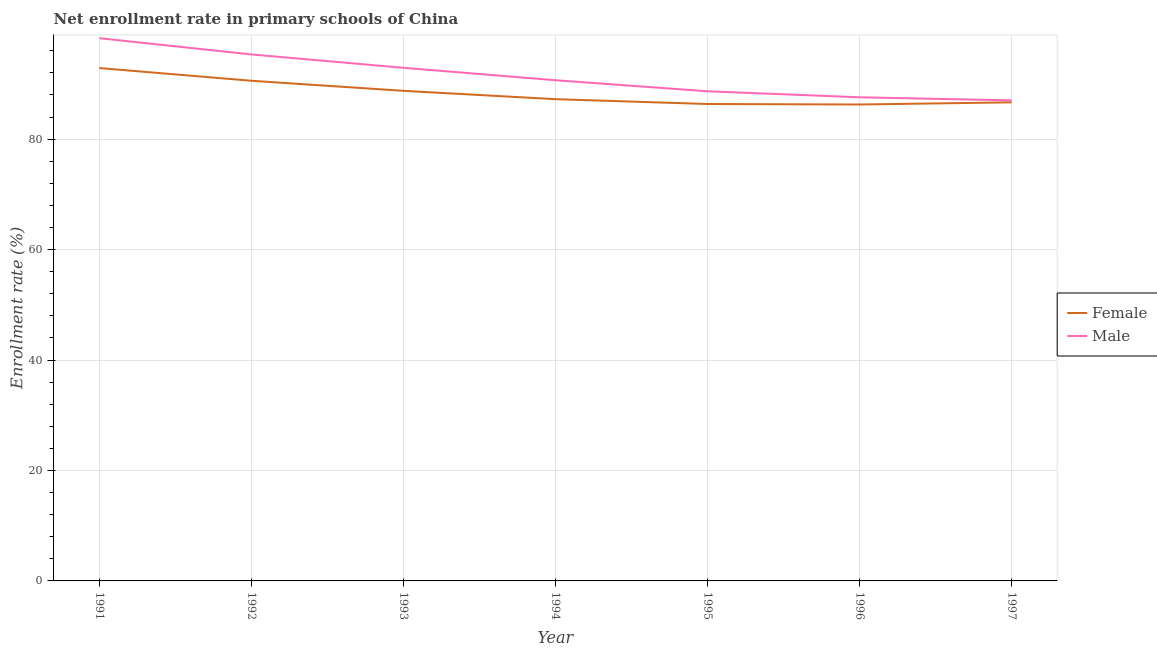
| Year | Female | Male |
 | --- | --- | --- |
 | 1991 | 92.9 | 98.3 |
 | 1992 | 90.6 | 95.3 |
 | 1993 | 88.8 | 92.9 |
 | 1994 | 87.2 | 90.7 |
 | 1995 | 86.4 | 88.7 |
 | 1996 | 86.3 | 87.6 |
 | 1997 | 86.7 | 87 |